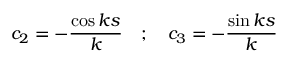
c _ { 2 } = - { \frac { \cos k s } { k } } \quad ; \quad c _ { 3 } = - { \frac { \sin k s } { k } }